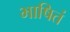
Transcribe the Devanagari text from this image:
भाषितं